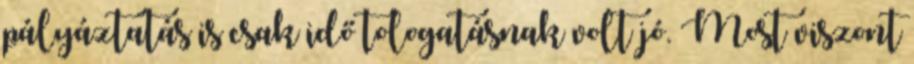
pályáztatás is csak idő tologatásnak volt jó. Most viszont